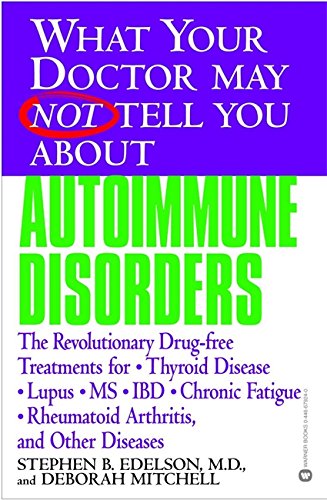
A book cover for What Your Doctor May Not Tell You About(TM): Autoimmune Disorders: The Revolutionary Drug-free Treatments for Thyroid Disease, Lupus, MS, IBD, Chronic Fatigue, Rheumatoid Arthritis, and Other Diseases; Stephen B. Edelson; Health, Fitness & Dieting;